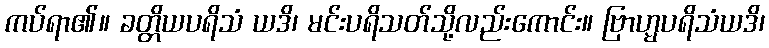
ကပ်ရာ၏။ ခတ္တိယပရိသံ ယဒိ၊ မင်းပရိသတ်သို့လည်းကောင်း။ ဗြာဟ္မပရိသံယဒိ၊